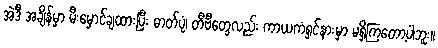
အဲဒီ အချိန်မှာ မီးမှောင်ချထားပြီး ဓာတ်ပုံ၊ တီဗီတွေလည်း ကာယကံရှင်နားမှာ မရှိကြတော့ပါဘူး။